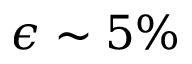
\epsilon \sim 5 \%